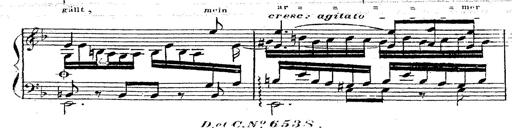
Title: 12 Lieder von Franz Schubert
Composer: Franz Liszt